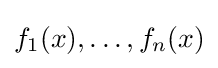
f_{1}(x),\ldots ,f_{n}(x)